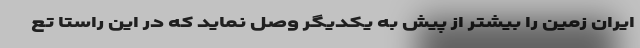
ایران زمین را بیشتر از پیش به یکدیگر وصل نماید که در این راستا تع